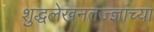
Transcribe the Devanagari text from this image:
शुद्धलेखनतज्ज्ञांच्या